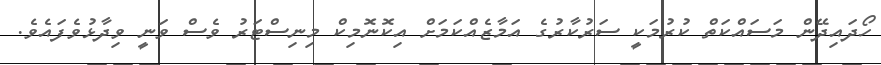
ހޯދައިދޭން މަސައްކަތް ކުރުމަކީ ސަރުކާރުގެ އަމާޒެއްކަމަަށް އިކޮނޮމިކް މިނިސްޓަރު ވެސް ވަނީ ވިދާޅުވެފައެވެ.